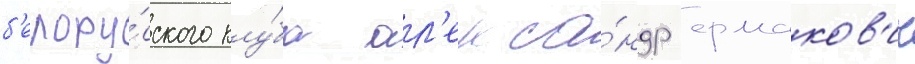
б'елору́сского клу́ба ал'екса́ндр ермаков'ич